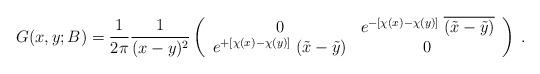
LaTeX: \begin{align*}G(x,y;B) =\frac{1}{2\pi} \frac{1}{(x-y)^2} \left( \begin{array}{cc}0 & e^{-[\chi(x)-\chi(y)]} \; \overline{(\tilde{x}-\tilde{y})} \\e^{+[\chi(x)-\chi(y)]} \; (\tilde{x}-\tilde{y}) & 0\end{array} \right) \; .\end{align*}